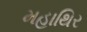
મહાથિર